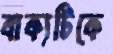
বাক্যটিকে